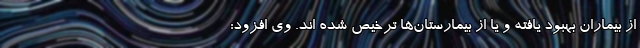
از بیماران بهبود یافته و یا از بیمارستان‌ها ترخیص شده اند. وی افزود: